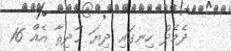
ދެމެދު ހިނގައި ދިޔަ ޙާދިޘާ އެއް 16